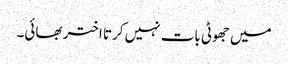
میں جھوٹی بات نہیں کرتا اختر بھائی۔